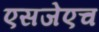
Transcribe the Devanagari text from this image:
एसजेएच